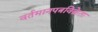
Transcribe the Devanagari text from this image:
वर्तमानपत्रविक्रेता